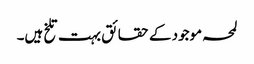
لمحہ موجود کے حقائق بہت تلخ ہیں۔